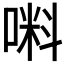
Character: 𠺫